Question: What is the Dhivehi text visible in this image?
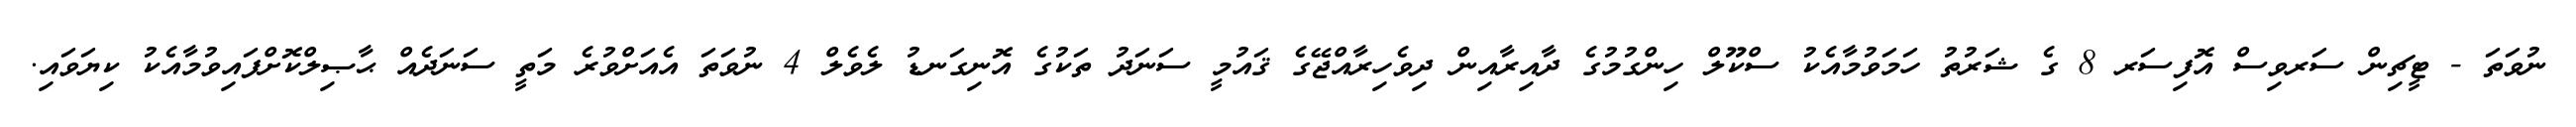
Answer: ނުވަތަ - ޓީޗިން ސަރވިސް އޮފިސަރ 8 ގެ ޝަރުތު ހަމަވުމާއެކު ސްކޫލް ހިންގުމުގެ ދާއިރާއިން ދިވެހިރާއްޖޭގެ ޤައުމީ ސަނަދު ތަކުގެ އޮނިގަނޑު ލެވެލް 4 ނުވަތަ އެއަށްވުރެ މަތީ ސަނަދެއް ޙާޞިލްކޮށްފައިވުމާއެކު ކިޔަވައި.